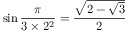
\sin { \frac { \pi } { 3 \times 2 ^ { 2 } } } = { \frac { \sqrt { 2 - { \sqrt { 3 } } } } { 2 } }